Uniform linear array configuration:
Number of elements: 8
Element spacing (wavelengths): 1
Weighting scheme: kaiser
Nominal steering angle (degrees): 45
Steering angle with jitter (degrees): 46.412
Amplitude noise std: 0.05
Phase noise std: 0.05

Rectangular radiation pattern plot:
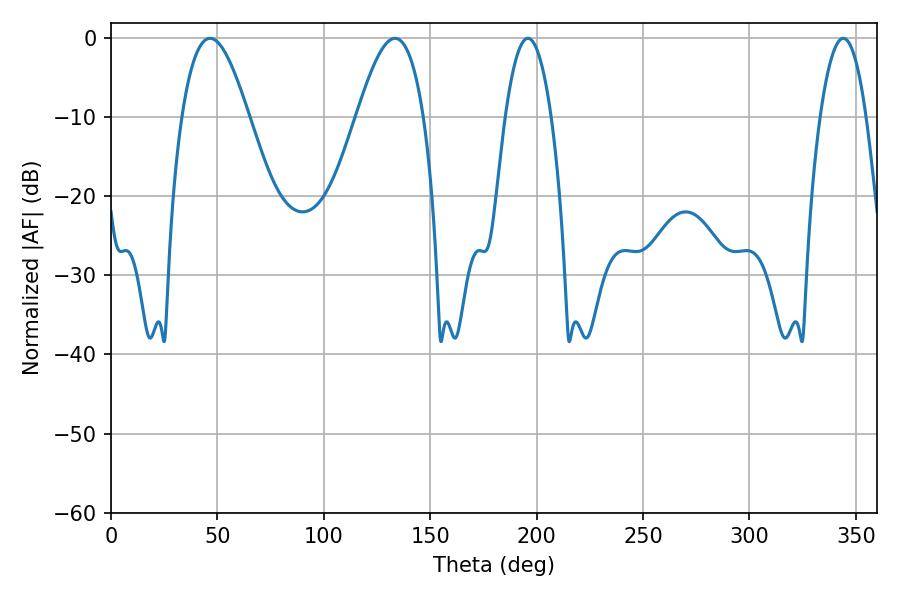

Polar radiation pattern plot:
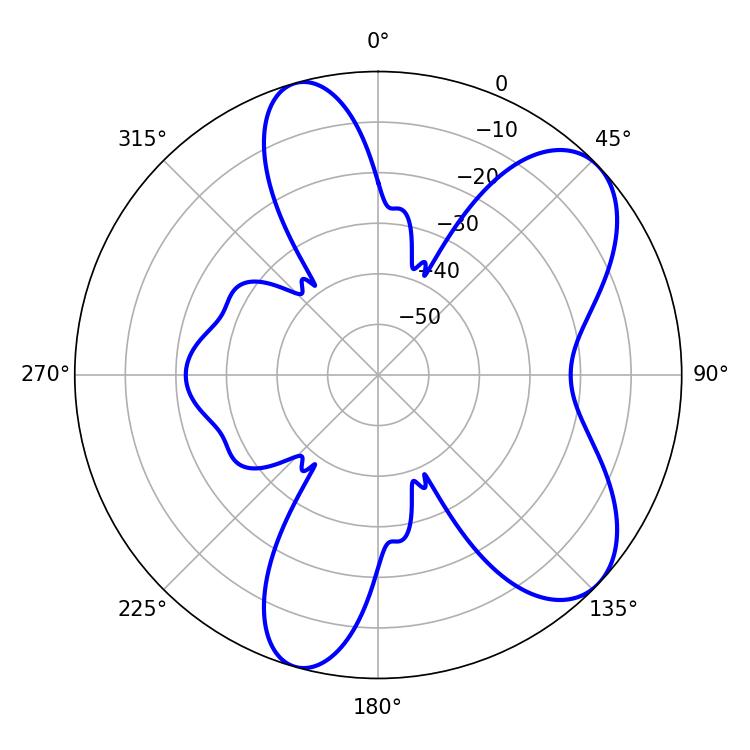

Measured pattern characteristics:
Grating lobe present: TRUE
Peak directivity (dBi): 7.484
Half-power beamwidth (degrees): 16.92
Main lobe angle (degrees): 46.62